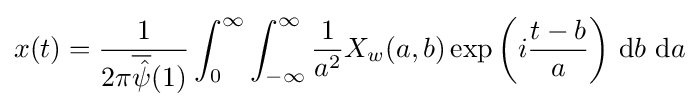
x(t)={\frac {1}{2\pi {\overline {\hat {\psi }}}(1)}}\int _{0}^{\infty }\int _{-\infty }^{\infty }{\frac {1}{a^{2}}}X_{w}(a,b)\exp \left(i{\frac {t-b}{a}}\right)\,\mathrm {d} b\ \mathrm {d} a